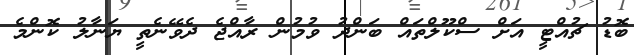
ބޮޑު ޗުއްޓީ އަށް ސްކޫލްތައް ބަންދު ވުމުން ރާއްޖެ ދެވޭނެތީ ޔަނާލު ކޮންމެ